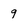
Character: 9